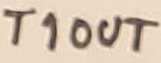
Text: T1OUT